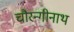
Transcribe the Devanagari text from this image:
चौरन्गीनाथ